Annual report of the Imperial Bacteriological Laboratory, Muktesar
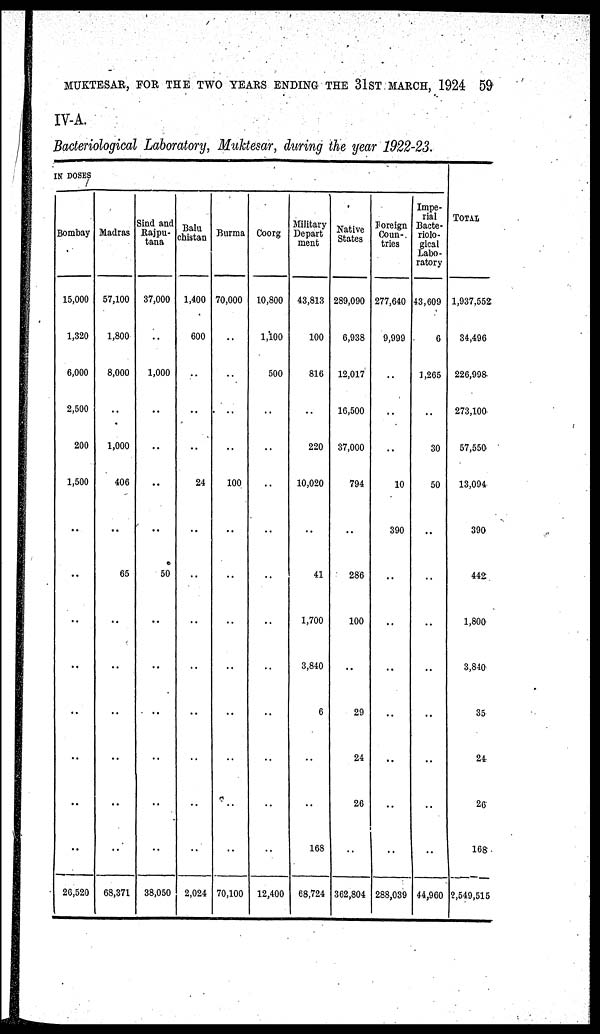
MUKTESAR, FOR THE TWO YEARS ENDING THE 31ST MARCH, 1924 59
IV-A.
Bacteriological Laboratory, Muktesar, during the year 1922-23.
IN DOSES
Bombay
15,000
1,320
6,000
2,500
200
1,500
..
..
..
..
..
..
..
..
26,520
Madras
57,100
1,800
8,000
..
1,000
406
..
65
..
..
..
..
..
..
68,371
Sind and
Rajpu¬
tana
37,000
..
1,000
..
..
..
..
50
..
..
..
..
..
..
38,050
Balu¬
chistan
1,400
600
..
..
..
24
..
..
..
..
..
..
..
..
2,024
Burma
70,000
..
..
..
..
100
..
..
..
..
..
..
..
..
70,100
Coorg
10,800
1,100
500
..
..
..
..
..
..
..
..
..
..
..
12,400
Military
Depart¬
ment
43,813
100
816
..
220
10,020
..
41
1,700
3,840
6
..
..
168
68,724
Native
States
289,090
6,938
12,017
16,500
37,000
794
..
286
100
..
29
24
26
..
362,804
Foreign
Coun¬
tries
277,640
9,999
..
..
..
10
390
..
..
..
..
..
..
..
288,039
Impe-
rial
Bacte-
riolo-
gical
Labo-
ratory
43,609
6
1,265
..
30
50
..
..
..
..
..
..
..
..
44,960
TOTAL
1,937,552
34,496
226,998
273,100
57,550
13,094
390
442
1,800
3,840
35
24
26
168
2,549,515